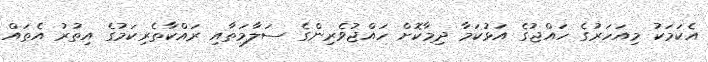
އެކަމަކު މިއަހަރުގެ ހައްޖުގެ އަޅުކަމާ ދިމާކޮށް ހައްޖުވެރިންގެ ސަލާމަތާއި ރައްކާތެރިކަމުގެ އިތުރު އެތައް